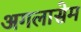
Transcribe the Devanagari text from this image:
अगलासेम